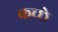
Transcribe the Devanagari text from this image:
कच्छे